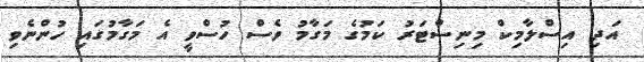
އަދި އިސްލާމިކް މިނިސްޓަރު ކަމުގެ މަގާމު ވެސް ހުސްވީ އެ މަގާމުގައި ހުންނެވި